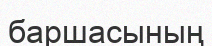
баршасының